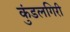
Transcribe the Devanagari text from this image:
कुंडलगिरी